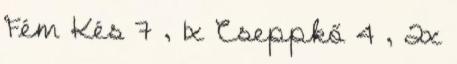
Fém Kés 7 , 1x Cseppkő 4 , 2x